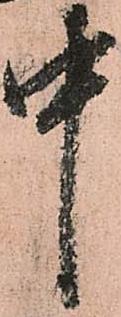
中